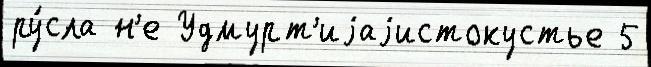
ру́сла н'е Удмурт'иjаjистокустье 5